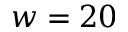
w = 2 0